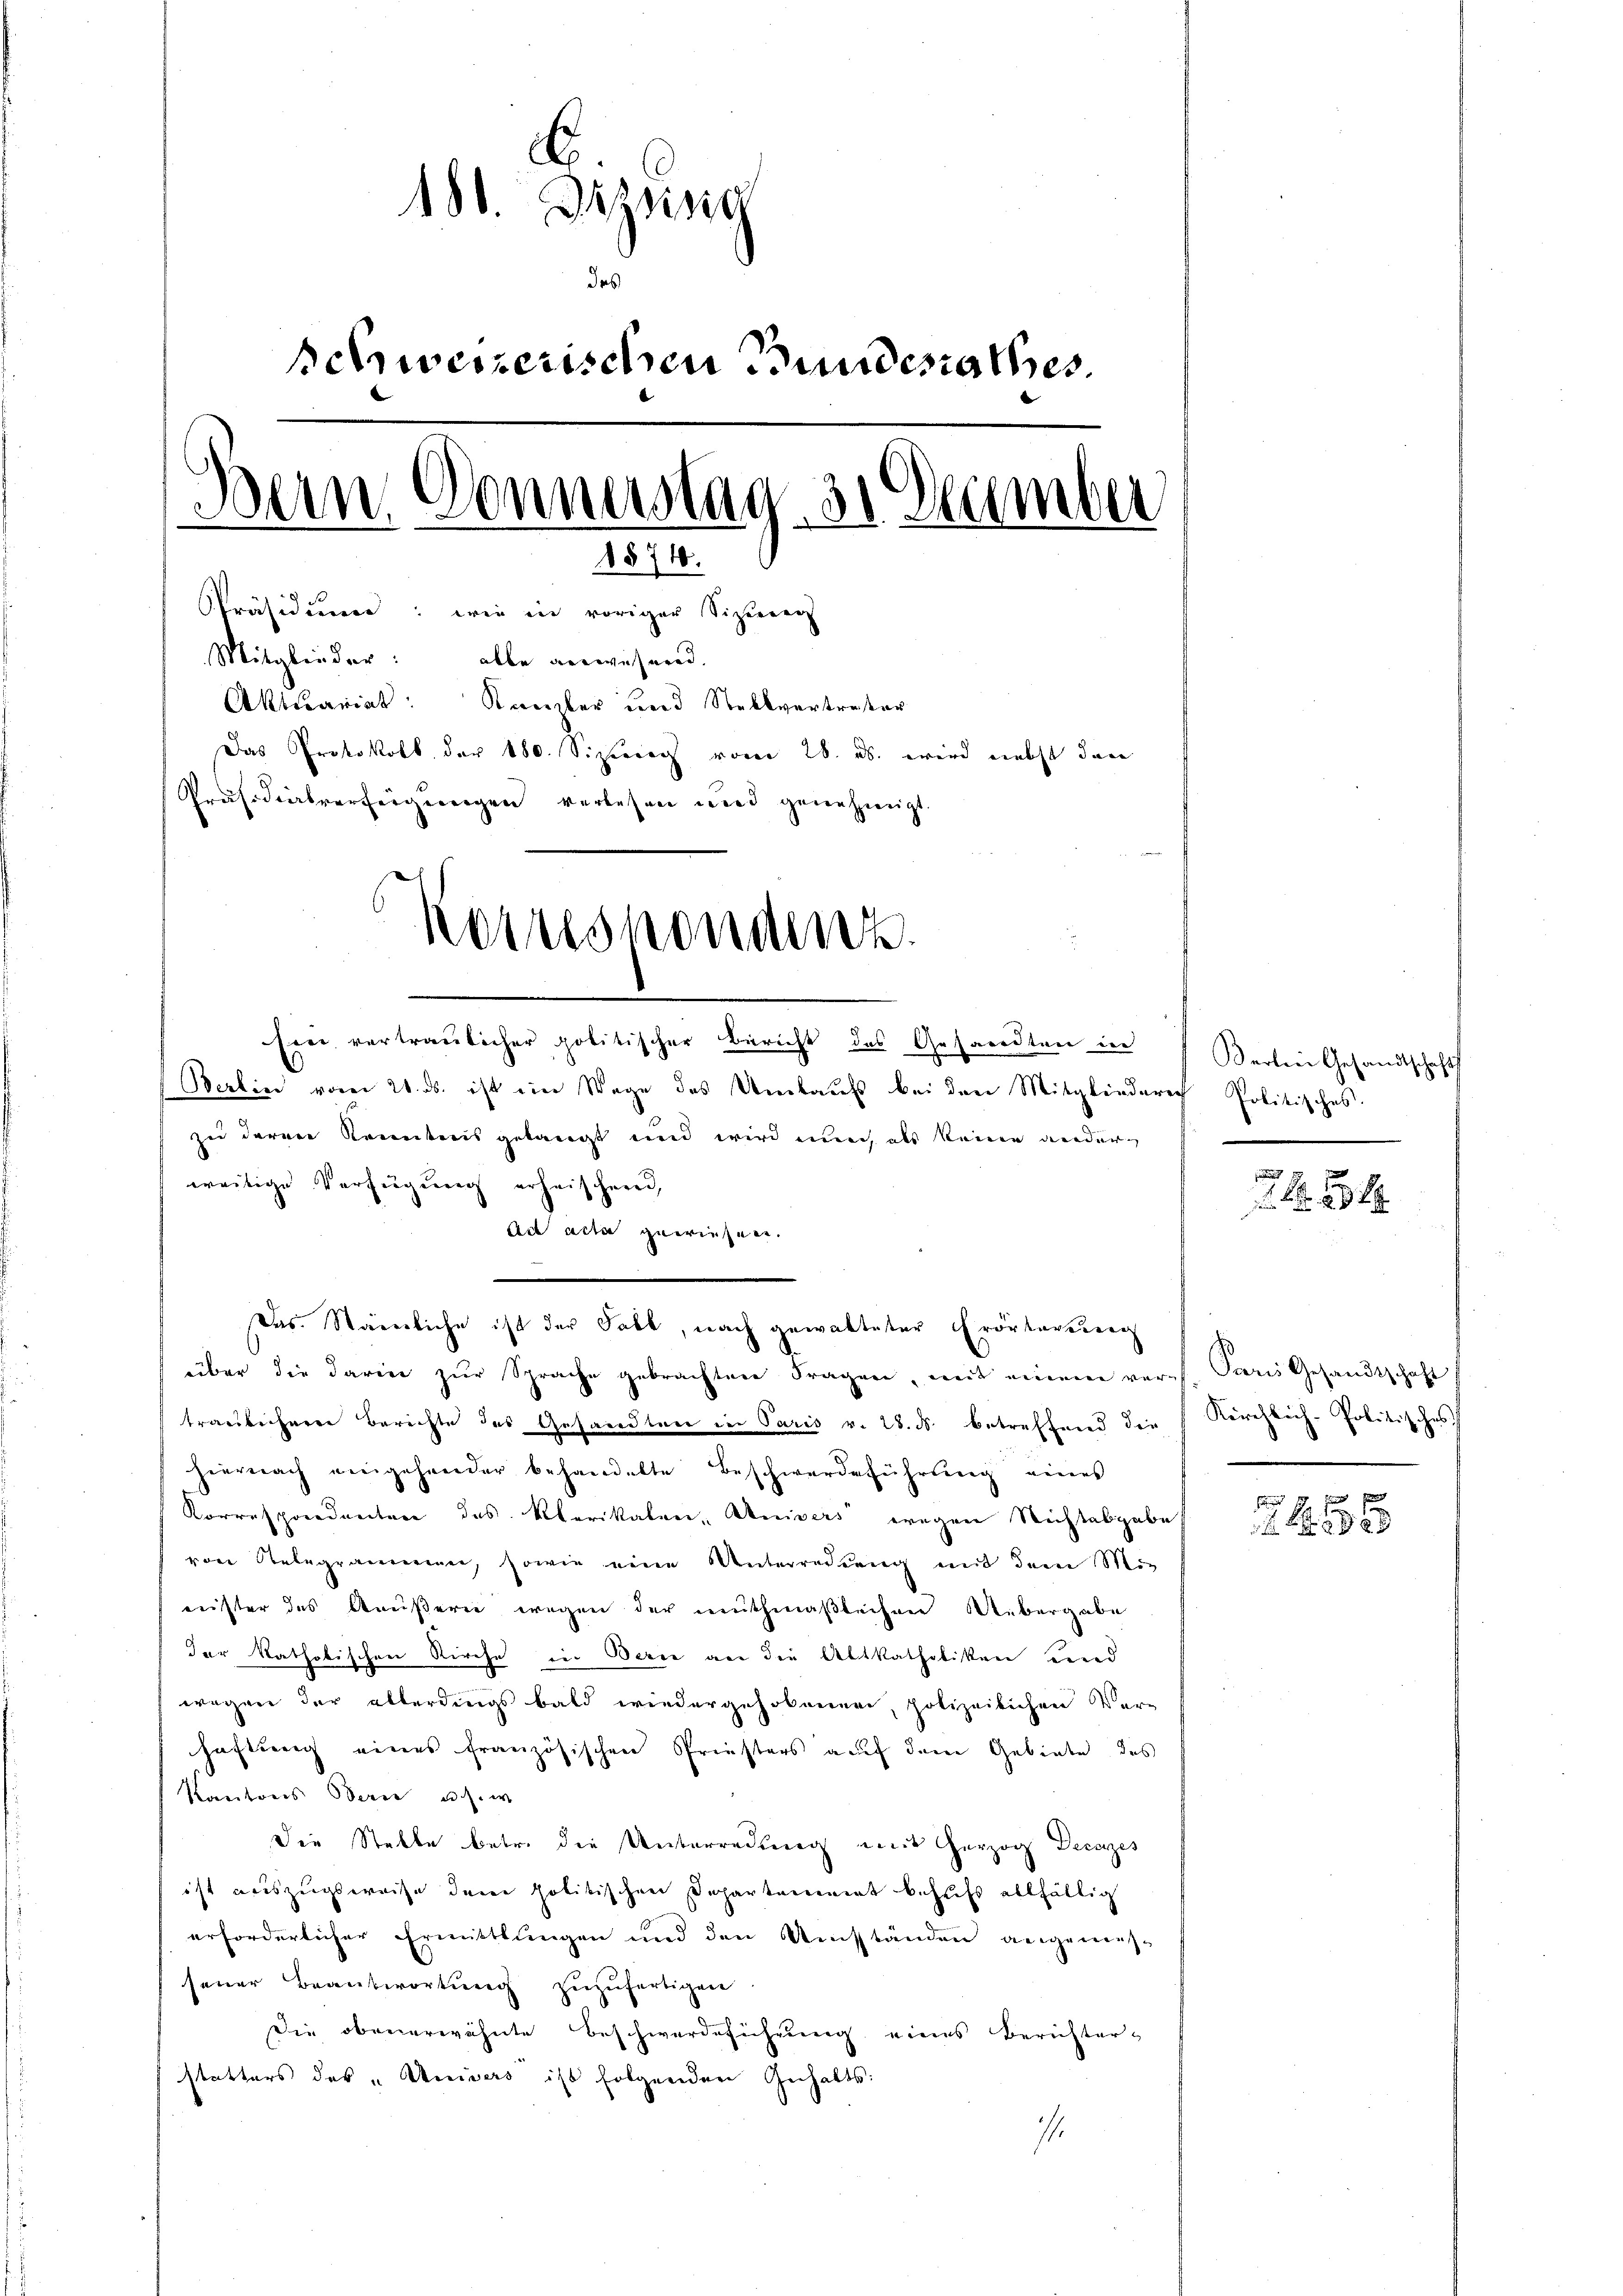
181. Dizsisig
schweizerischen Bundesrathes
Bein Donnerstag. 31 December
1874.
Präsidium: wie in voriger Sizung
Mitglieder: alle anwesend.
Aktuariat: Kanter und Stellvertreter
Das Protokoll der 180. Sizierech vom 28. ds. wird nebst den
Präsidialverfeigungen verlesen und genehmigt.
Konsonden.

Ein vertraulicher politischer Bericht des Gesandten in

Berlin vom 21. ds. ist ein Wege des Umlaufs bei den Mitgliederich Politisches.
zu deren Kenntnis gelangt und wird auch als keine niederweitige Verfügung erheischend,
ad acta gewiesen.
Das Stämmliche ist der Tabl, nach gewalteter Erörterung
über die darin zŭr Sprache gebrachten Fragen, mit einem vers. Paris Gesandtschaft
traubecherer Berichte das Gesandten in Paris v. 28. ds. betreffend die Kirchlich-Politisches
hiernach eingehender behandelte Beschwerdeführŭng eines
Korrespondenten des Klerikalen, Univers wegen Richtesgabe
von Nebegrammen, sowie eine Unterredung mit dem Mi-
Leister des Aeußere wegen der muthmaßlichen Uebergabe
der katholischen Kirche in Berne an die Altkatholiken und
wegen der allerdings bald wiedergehobenen, polizeilichen Ver-
haftung eines französischen Priesters auf dem Gebiete des
Kantons Berne u. s. w
Die Stelle betr. die Unterredung mit Herzog Decazes
ist auszugsweise dem politischen Departement behufs allfällig
erforderlicher Ermittlungen und den Umständen angemes-
sener Beantwortung zuzufertigen.
Die obenerwähnte Beschwerdeführung eines Berichterstatters des „Univers ist folgenden Gehalts:
1

Barlin Gesandtschafts

49 x

1
2 1 x
2